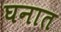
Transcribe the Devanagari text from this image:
घनात